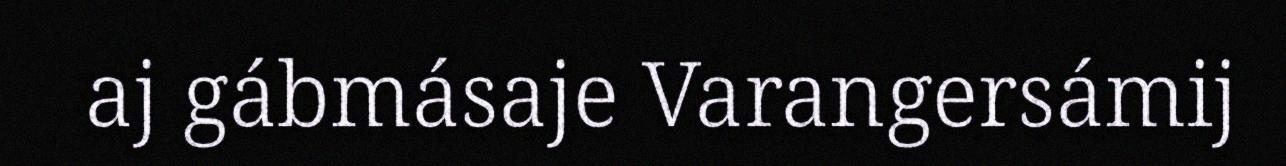
aj gábmásaje Varangersámij